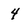
Character: 4